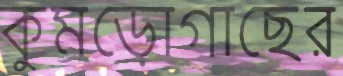
কুমড়োগাছের